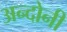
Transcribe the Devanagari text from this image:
अन्दोनी